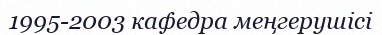
1995-2003 кафедра меңгерушісі